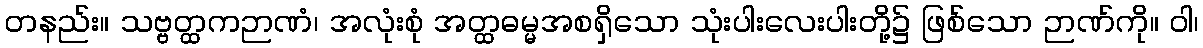
တနည်း။ သဗ္ဗတ္ထကဉာဏံ၊ အလုံးစုံ အတ္ထဓမ္မအစရှိသော သုံးပါးလေးပါးတို့၌ ဖြစ်သော ဉာဏ်ကို။ ဝါ၊